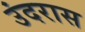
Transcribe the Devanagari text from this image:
उंदरास